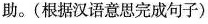
助。(根据汉语意思完成句子)